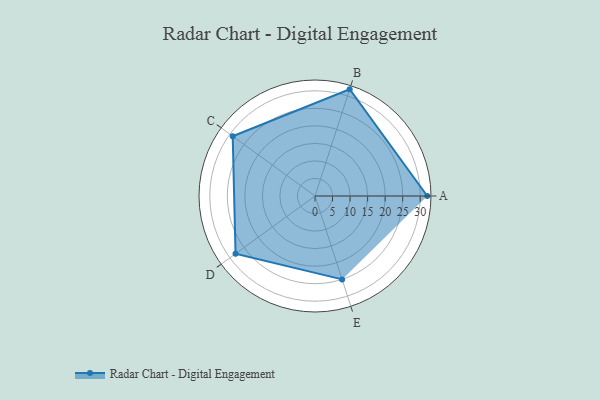
{"axis": {"x": "Skill", "y": "Score"}, "legend": ["Profile"], "data": [{"x": "A", "y": 32.0, "type": "Profile"}, {"x": "B", "y": 32.0, "type": "Profile"}, {"x": "C", "y": 29.0, "type": "Profile"}, {"x": "D", "y": 28.0, "type": "Profile"}, {"x": "E", "y": 25.0, "type": "Profile"}]}